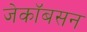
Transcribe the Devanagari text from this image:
जेकॉबसन